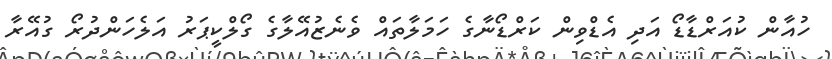
ހުއާން ކުއަރްޑާޑޯ އަދި އެޑްވިން ކަރްޑޯނާގެ ހަމަލާތައް ވެނެޒުއޭލާގެ ގޯލްކީޕަރު އަލެހަންދުރޯ ގުއޭރާ